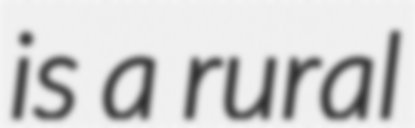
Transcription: is a rural